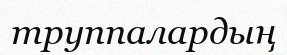
труппалардың